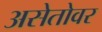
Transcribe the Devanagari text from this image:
असेतोवर